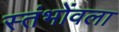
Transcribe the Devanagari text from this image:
स्तंभोंवला